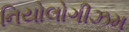
નિયોલોગીઝમ